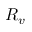
R _ { v }